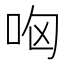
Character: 㕼